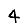
Digit: 4